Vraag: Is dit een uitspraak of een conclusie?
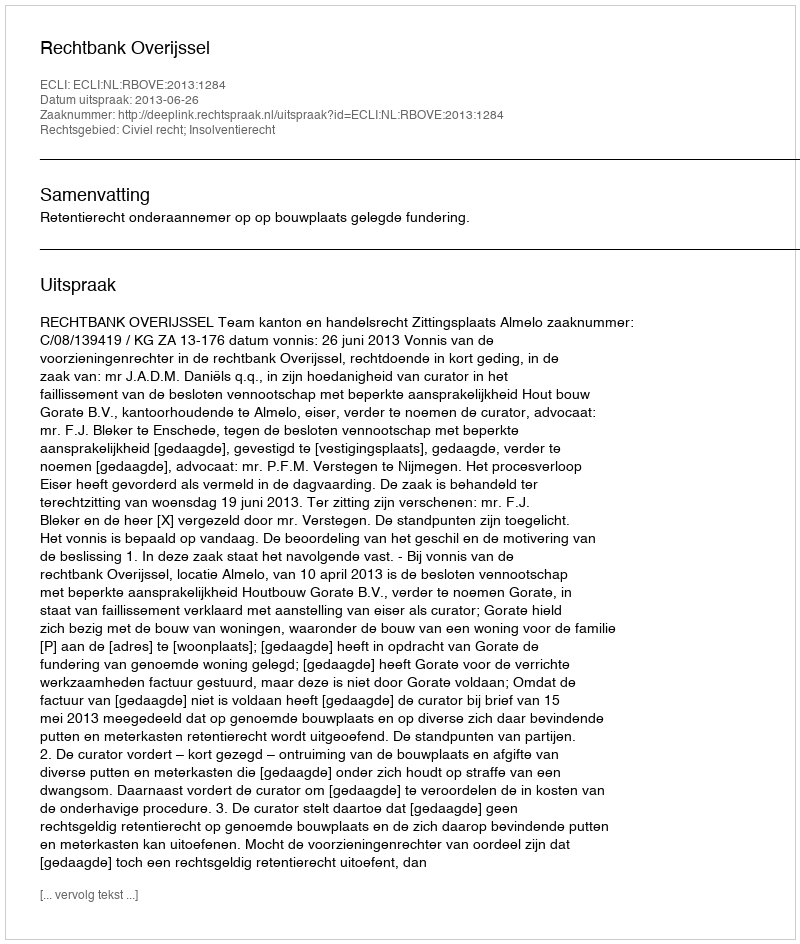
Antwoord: Uitspraak